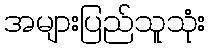
အများပြည်သူသုံး